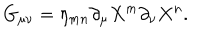
G _ { \mu \nu } = \eta _ { m n } \partial _ { \mu } X ^ { m } \partial _ { \nu } X ^ { n } .